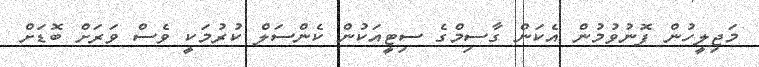
މަޖިލީހުން ފޮނުވުމުން އެކަން ގާސިމްގެ ސިޓީއަކުން ކެންސަލް ކުރުމަކީ ވެސް ވަރަށް ބޮޑަށް